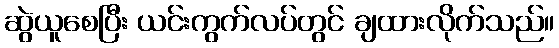
ဆွဲယူစေပြီး ယင်းကွက်လပ်တွင် ချထားလိုက်သည်။